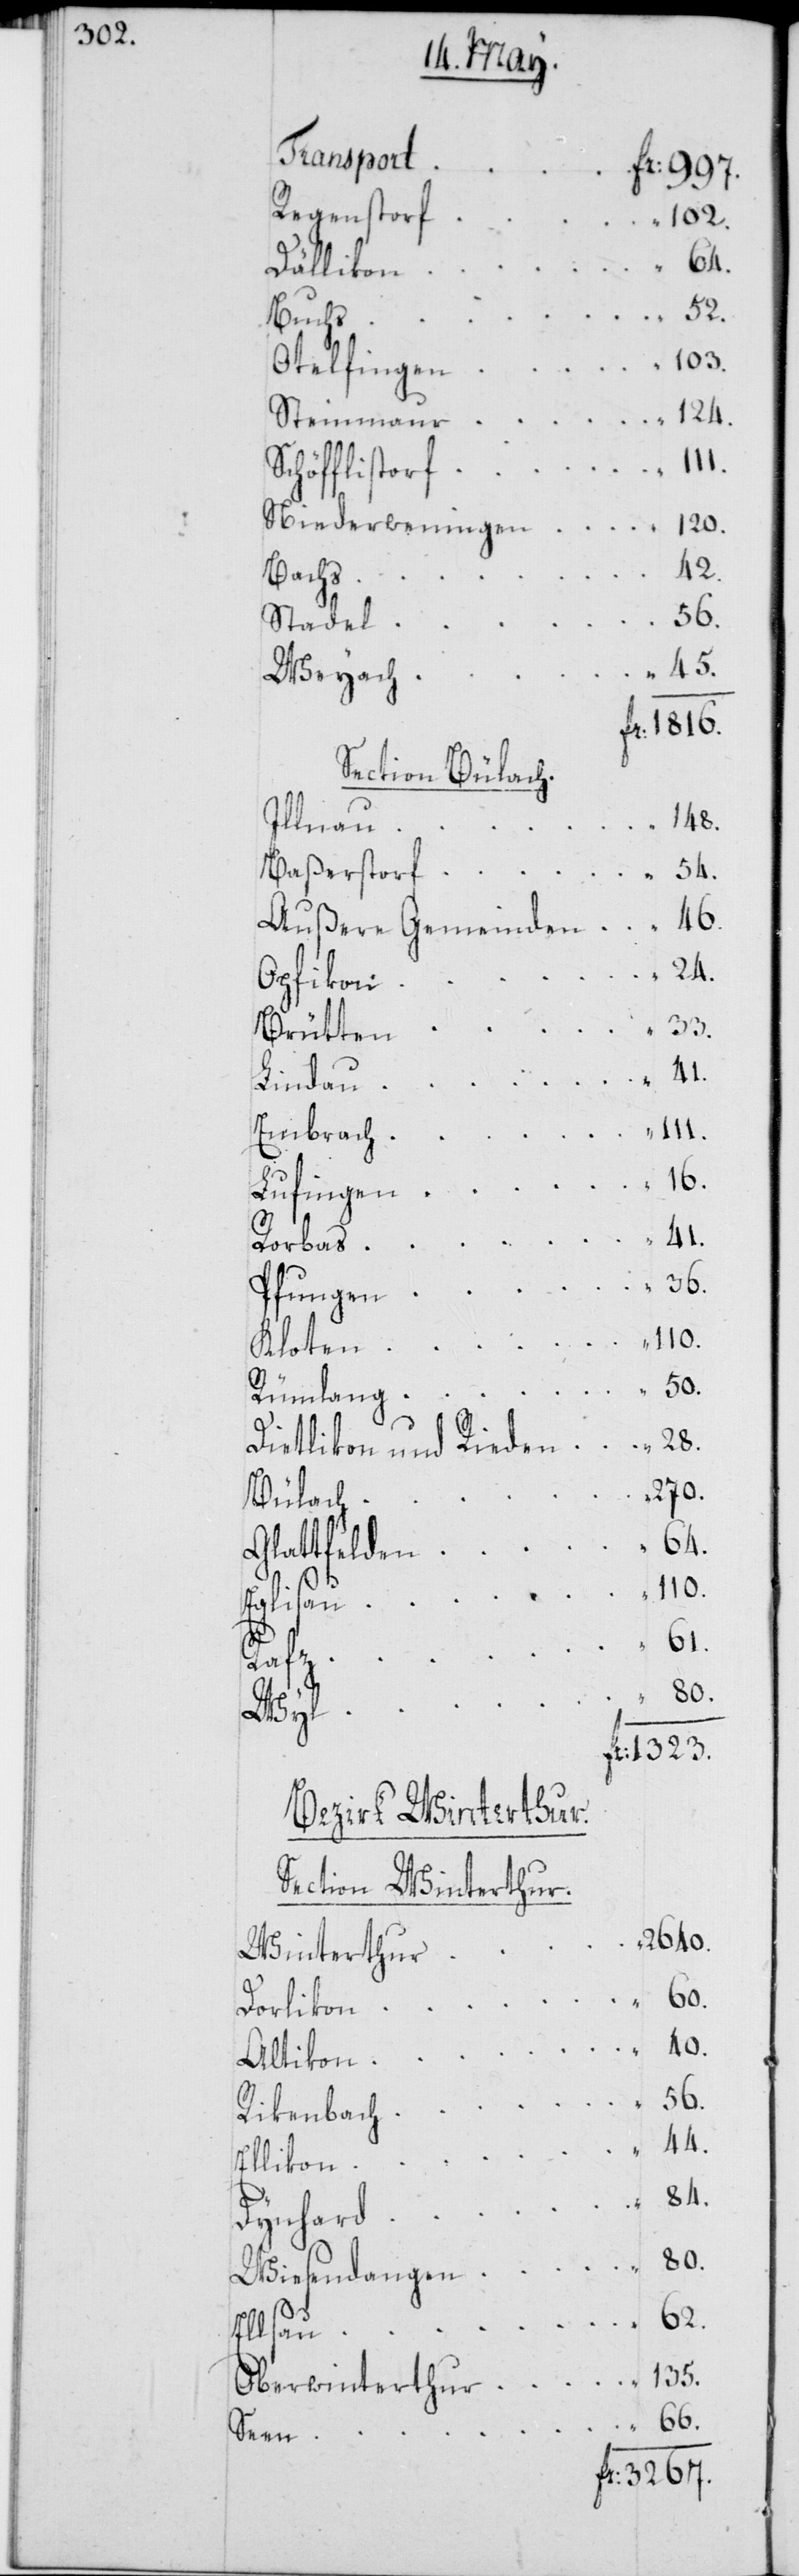
Transport
Fr: 997.
Regenstorf
102.
Dällikon
Buchs
103.
Otelfingen
Steinmaur
41.
Schöfflistorf
Niederweningen 	“ 120.
40.
Bachs
56.
Stadel
Weyach
Fr: 1816.
Section Bülach.
148.
Illnau “
84.
Baßerstorf
Außere Gemeinden 	“ 46.
24.
Opfikon
Brütten
Lindau 	“ 41.
Embrach 	“ 111.
Lufingen 	“ 16.
Pfungen
110.
Kloten
Rümlang
Dietlikon und Rieden 	“ 28.
270.
Bülach
62.
Glattfelden
50.
Rafz
Wyl
Fr. 1323.
Bezirk Winterthur.
Section Winterthur.
2640.
Winterthur
Dorlikon
Altikon
Rikenbach
Ellikon 	“ 44.
33.
Dynhard
Wiesendangen 	“ 80.
Oberwinterthur 	“ 135.
Seen
Fr. 3267.